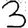
Digit: 3